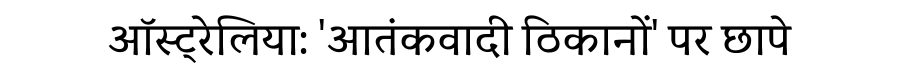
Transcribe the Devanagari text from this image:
ऑस्ट्रेलिया: 'आतंकवादी ठिकानों' पर छापे